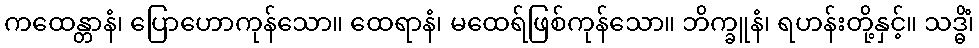
ကထေန္တာနံ၊ ပြောဟောကုန်သော။ ထေရာနံ၊ မထေရ်ဖြစ်ကုန်သော။ ဘိက္ခူနံ၊ ရဟန်းတို့နှင့်။ သဒ္ဓိံ၊